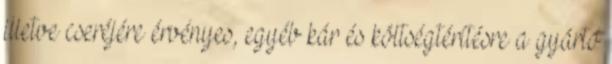
illetve cseréjére érvényes, egyéb kár és költségtérítésre a gyártó